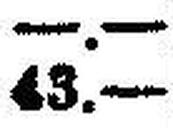
43.—